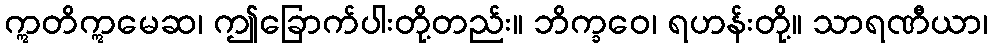
ဣတိဣမေဆ၊ ဤခြောက်ပါးတို့တည်း။ ဘိက္ခဝေ၊ ရဟန်းတို့။ သာရဏီယာ၊